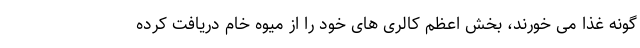
گونه غذا می خورند، بخش اعظم کالری های خود را از میوه خام دریافت کرده